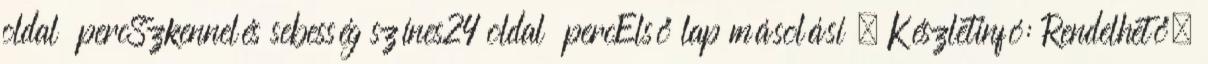
oldal percSzkennelés sebesség színes24 oldal percElső lap másolási . Készletinfó: Rendelhető,